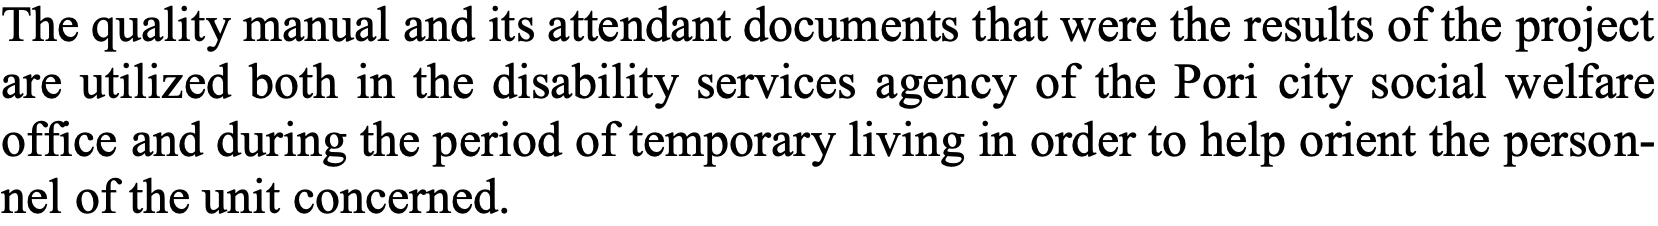
The quality manual and its attendant documents that were the results of the project are utilized both in the disability services agency of the Pori city social welfare office and during the period of temporary living in order to help orient the person- nel of the unit concerned.